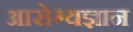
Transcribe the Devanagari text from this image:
आरोग्यज्ञान